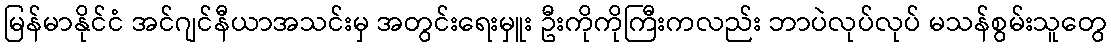
မြန်မာနိုင်ငံ အင်ဂျင်နီယာအသင်းမှ အတွင်းရေးမှူး ဦးကိုကိုကြီးကလည်း ဘာပဲလုပ်လုပ် မသန်စွမ်းသူတွေ